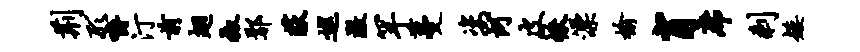
荆形嚼汀前翅椒鄢荻巡澈罕蔓姿河皮帙漂榆肖席剩矮